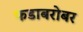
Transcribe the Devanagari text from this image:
फडाबरोबर